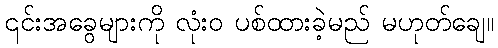
၎င်းအခွေများကို လုံးဝ ပစ်ထားခဲ့မည် မဟုတ်ချေ။